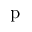
\mathrm { p }